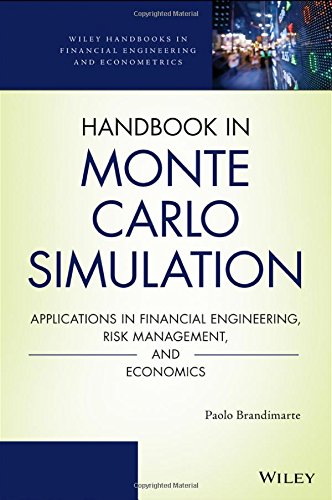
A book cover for Handbook in Monte Carlo Simulation: Applications in Financial Engineering, Risk Management, and Economics (Wiley Handbooks in Financial Engineering and Econometrics); Paolo Brandimarte; Business & Money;